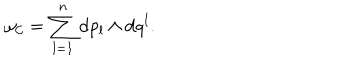
\omega _ { \cal C } = \sum _ { l = 1 } ^ { n } \mathrm { d } p _ { l } \wedge \mathrm { d } q ^ { l } .